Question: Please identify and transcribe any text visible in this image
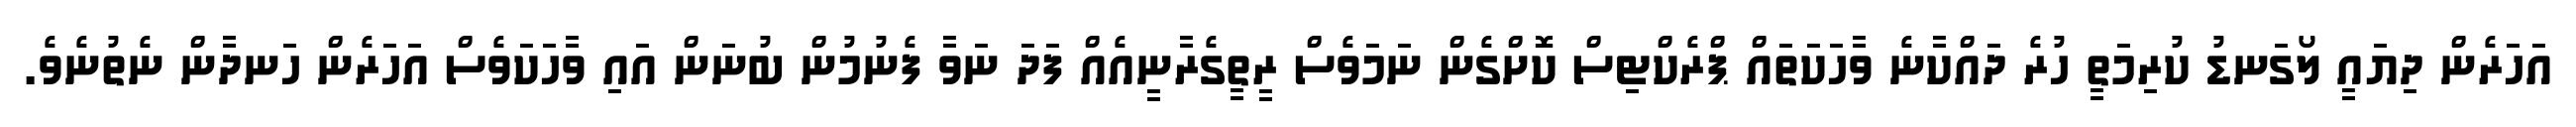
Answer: އަހަރެން ދިޔައީ ލޯގަނޑު ކުރިމަތީ ހުރެ ދައްކާނެ ވާހަކަތައް ޕްރެކްޓިސް ކޮށްގެން ނަމަވެސް ރީތީގެރާނީއެއް ފަދަ ނަވާ ފެނުމުން ބުނަން އައި ވާހަކަވެސް އަހަރެން ހަނދާން ނެތުނެވެ.